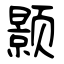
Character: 颢